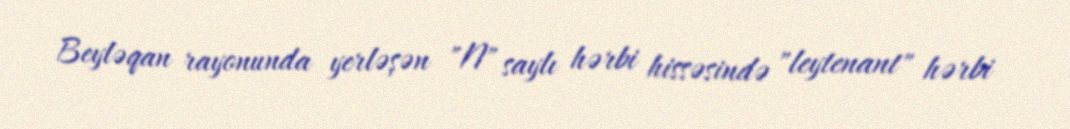
Beyləqan rayonunda yerləşən "N" saylı hərbi hissəsində "leytenant" hərbi